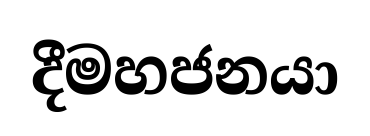
දීමහජනයා